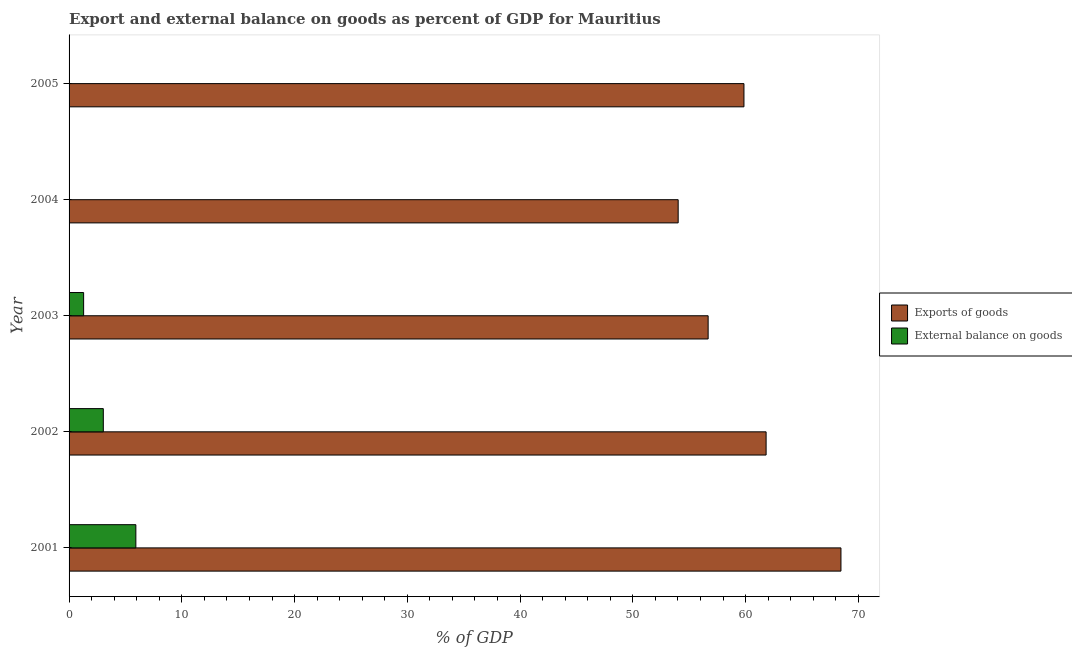
| Year | Exports of goods | External balance on goods |
 | --- | --- | --- |
 | 2001 | 68.5 | 5.92 |
 | 2002 | 61.8 | 3.04 |
 | 2003 | 56.7 | 1.29 |
 | 2004 | 54 | -2.37 |
 | 2005 | 59.9 | -6 |